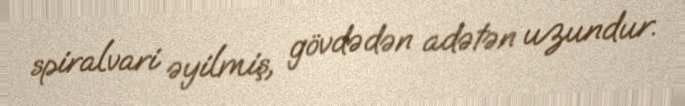
spiralvari əyilmiş, gövdədən adətən uzundur.